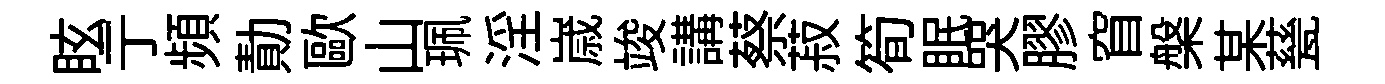
眩亍頻勣歐山珮淫𡻕竣講蔡菽筍眠哭膠窅槃某甆